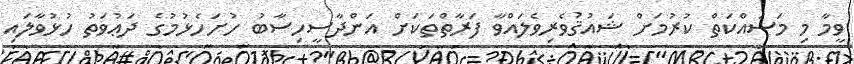
ވީމާ މި މަސައްކަތް ކުރުމަށް ޝައުޤުވެރިވެލައްވާ ފަރާތްތަކަށް އަންދާސީހިސާބު ހުށަހެޅުމުގެ ދަޢުވަތު ހުޅުވާލައި